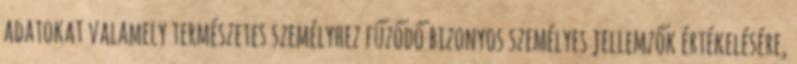
adatokat valamely természetes személyhez fűződő bizonyos személyes jellemzők értékelésére,